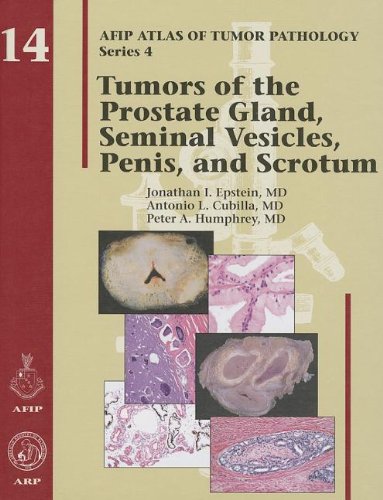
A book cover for Tumors of the Prostate Gland, Seminal Vesicles, Penis, and Scrotum (AFIP Atlas of Tumor Pathology: Series 4); Jonathan I. Epstein; Parenting & Relationships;